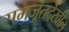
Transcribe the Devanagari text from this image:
समजूतदेखील